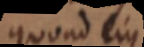
quoad ejus